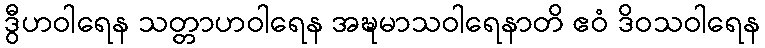
ဒွီဟဝါရေန သတ္တာဟဝါရေန အဍ္ဎမာသဝါရေနာတိ ဧဝံ ဒိဝသဝါရေန